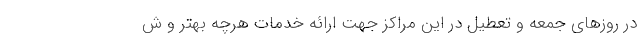
در روزهای جمعه و تعطیل در این مراکز جهت ارائه خدمات هرچه بهتر و ش